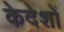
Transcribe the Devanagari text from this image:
केदेशों